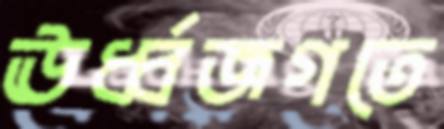
ঊর্ধ্বজগতে